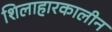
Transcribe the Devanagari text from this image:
शिलाहारकालीन